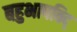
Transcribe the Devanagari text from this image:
बहुभाषविद्